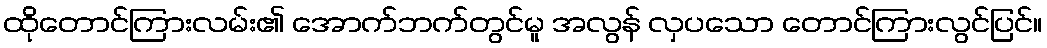
ထိုတောင်ကြားလမ်း၏ အောက်ဘက်တွင်မူ အလွန် လှပသော တောင်ကြားလွင်ပြင်။